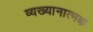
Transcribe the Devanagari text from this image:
व्यख्यानात्मक